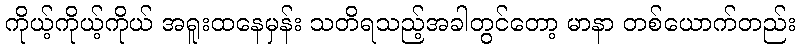
ကိုယ့်ကိုယ့်ကိုယ် အရူးထနေမှန်း သတိရသည့်အခါတွင်တော့ မာနာ တစ်ယောက်တည်း